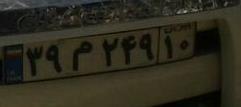
۳۹م۲۴۹۱۰